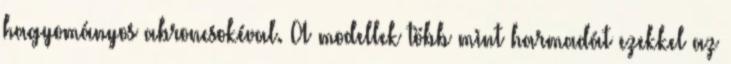
hagyományos abroncsokéval. A modellek több mint harmadát ezekkel az